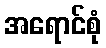
အရောင်စုံ